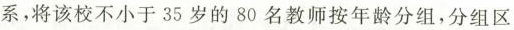
系，将该校不小于35岁的80名教师按年龄分组，分组区